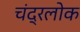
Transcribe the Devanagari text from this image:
चंद्रलोक